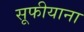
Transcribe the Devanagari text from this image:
सूफीयाना